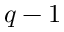
q - 1